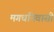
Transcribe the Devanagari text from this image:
मगधनिवासी